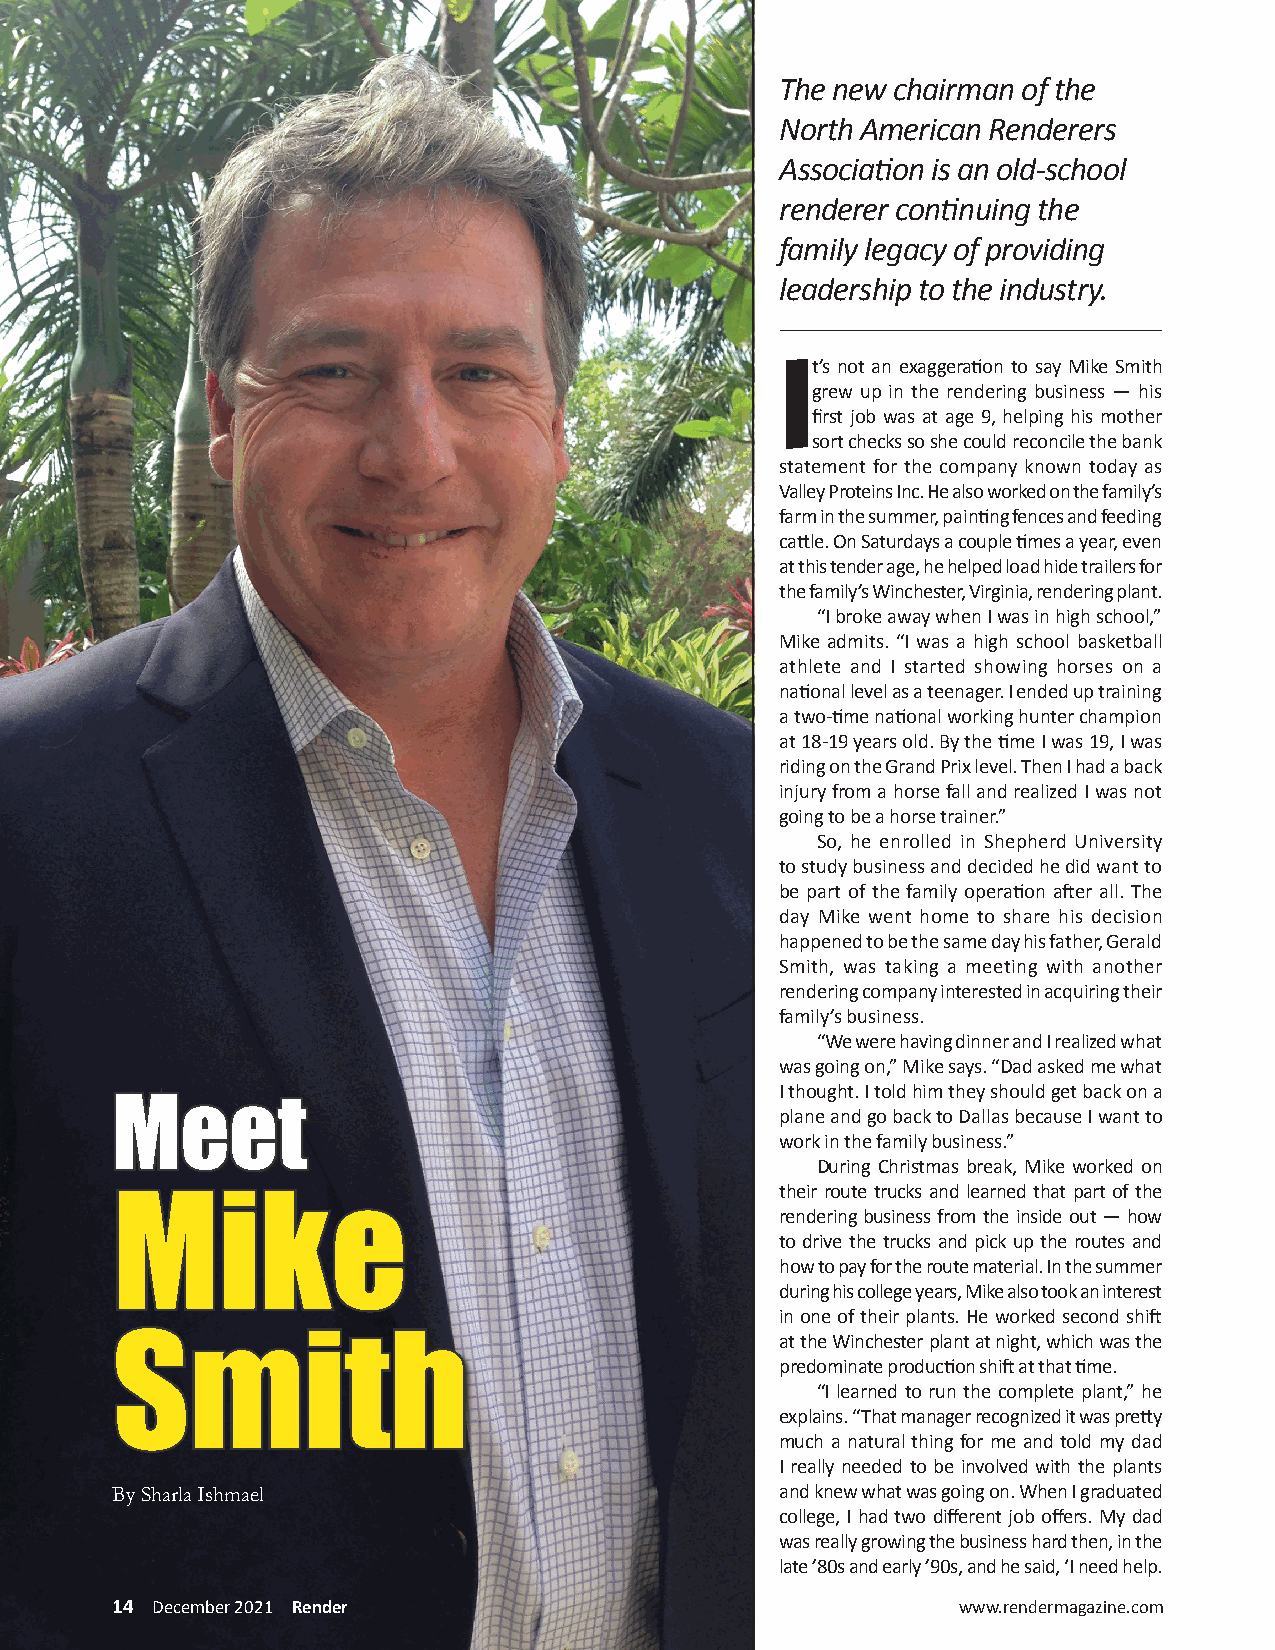
The new chairman of the
 North American Renderers
 Association is an old-school
 renderer continuing the
 family legacy of providing
 leadership to the industry.
 I
 t’s not an exaggeration to say Mike Smith
 grew up in the rendering business — his
 first job was at age 9, helping his mother
 sort checks so she could reconcile the bank
 statement for the company known today as
 Valley Proteins Inc. He also worked on the family’s
 farm in the summer, painting fences and feeding
 cattle. On Saturdays a couple times a year, even
 at this tender age, he helped load hide trailers for
 the family’s Winchester, Virginia, rendering plant.
 “I broke away when I was in high school,”
 Mike admits. “I was a high school basketball
 athlete and I started showing horses on a
 national level as a teenager. I ended up training
 a two-time national working hunter champion
 at 18-19 years old. By the time I was 19, I was
 riding on the Grand Prix level. Then I had a back
 injury from a horse fall and realized I was not
 going to be a horse trainer.”
 So, he enrolled in Shepherd University
 to study business and decided he did want to
 be part of the family operation after all. The
 day Mike went home to share his decision
 happened to be the same day his father, Gerald
 Smith, was taking a meeting with another
 rendering company interested in acquiring their
 family’s business.
 “We were having dinner and I realized what
 was going on,” Mike says. “Dad asked me what
 I thought. I told him they should get back on a
 MMeeeett                                    plane and go back to Dallas because I want to
 work in the family business.”
 During Christmas break, Mike worked on
 their route trucks and learned that part of the
 MMiikkee                                    rendering business from the inside out — how
 to drive the trucks and pick up the routes and
 how to pay for the route material. In the summer
 during his college years, Mike also took an interest
 in one of their plants. He worked second shift
 at the Winchester plant at night, which was the
 SSmmiitthh
 predominate production shift at that time.
 “I learned to run the complete plant,” he
 explains. “That manager recognized it was pretty
 much a natural thing for me and told my dad
 I really needed to be involved with the plants
 By Sharla Ishmael                           and knew what was going on. When I graduated
 college, I had two different job offers. My dad
 was really growing the business hard then, in the
 late ’80s and early ’90s, and he said, ‘I need help.
 14 December 2021 Render                                 www.rendermagazine.com